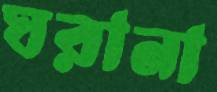
ঘরানা